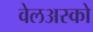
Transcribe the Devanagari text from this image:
वेलअस्को